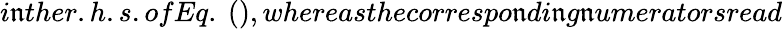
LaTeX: i\mathfrak{n}ther.h.s.ofEq.~(),whereasthecorrespo\mathfrak{n}di\mathfrak{n}g\mathfrak{n}umeratorsread